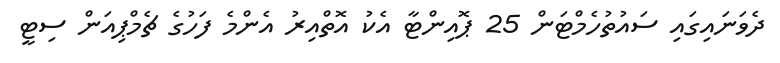
ދެވަނައިގައި ސައުތުހެމްޓަން 25 ޕޮއިންޓާ އެކު އޮތްއިރު އެންމެ ފަހުގެ ޗެމްޕިއަން ސިޓީ